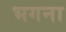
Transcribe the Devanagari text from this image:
भगना